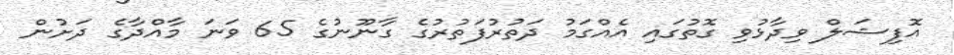
އޮފިޝަލް ވިދާޅުވި ގޮތުގައި އެއްގަމު ދަތުރުފަތުރުގެ ގާނޫނުގެ 65 ވަނަ މާއްދާގެ ދަށުން